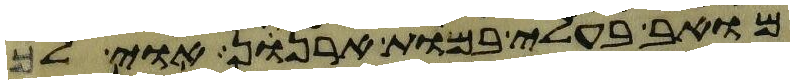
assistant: מואב בעלי במות ארנן אוי לך